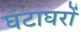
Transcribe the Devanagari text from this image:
घंटाघरों